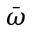
\bar { \omega }